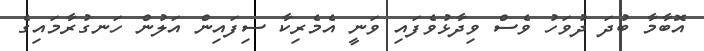
އޮބާމާ ބުދަ ދުވަހު ވެސް ވިދާޅުވެފައި ވަނީ އެމެރިކާ ސިފައިން އަލުން ހަނގުރާމައިގެ